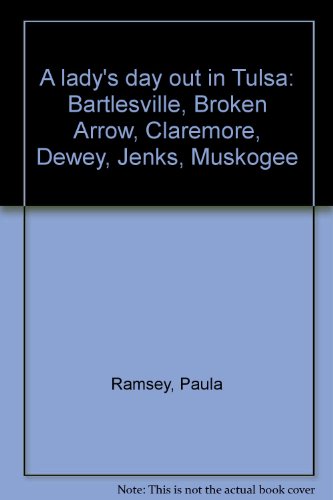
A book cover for A lady's day out in Tulsa: Bartlesville, Broken Arrow, Claremore, Dewey, Jenks, Muskogee; Paula Ramsey; Travel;